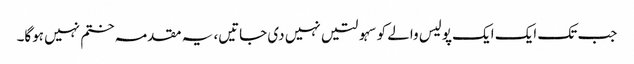
جب تک ایک ایک پولیس والے کو سہولتیں نہیں دی جاتیں، یہ مقدمہ ختم نہیں ہوگا۔